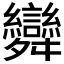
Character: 𮎂